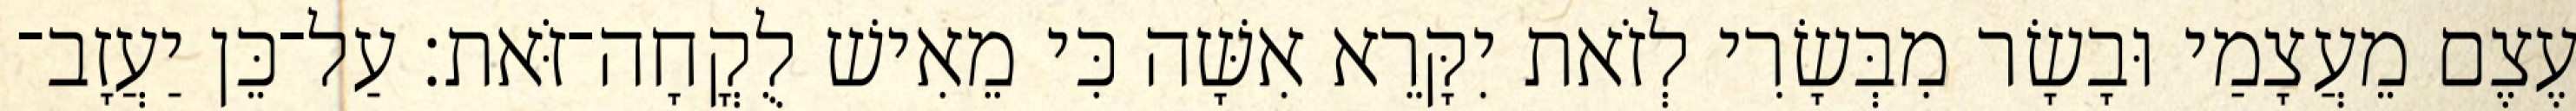
עֶצֶם מֵעֲצָמַי וּבָשָׂר מִבְּשָׂרִי לְזֹאת יִקָּרֵא אִשָּׁה כִּי מֵאִישׁ לֻקֳחָה־זֹּאת׃ עַל־כֵּן יַעֲזָב־